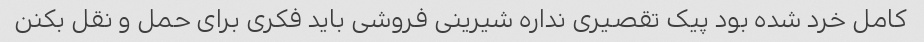
کامل خرد شده بود پیک تقصیری نداره شیرینی فروشی باید فکری برای حمل و نقل بکنن